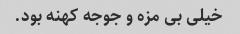
خیلی بی مزه و جوجه کهنه بود.